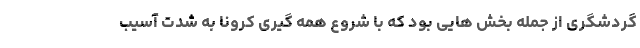
گردشگری از جمله بخش هایی بود که با شروع همه گیری کرونا به شدت آسیب